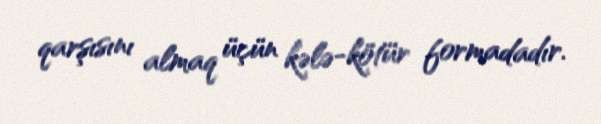
qarşısını almaq üçün kələ-kötür formadadır.